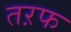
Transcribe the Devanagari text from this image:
तऱफ